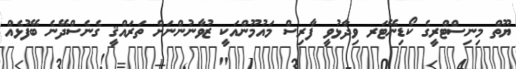
ޔޫތް މިނިސްޓްރީގެ ކޯޑިނޭޓަރ ވިދާޅުވީ ފާރިސް މައުމޫންއަކީ ޒުވާނުންނަށް ތަރައްޤީ ގެނެސްދޭނެ ބޭފުޅެއް